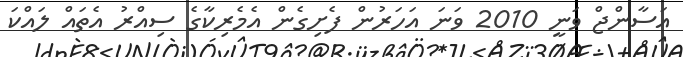
އަސާންޖް ވަނީ 2010 ވަނަ އަހަރުން ފެށިގެން އެމެރިކާގެ ސިއްރު އެތައް ލައްކަ